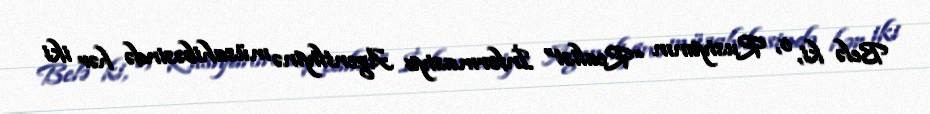
Belə ki, o, Rusiyanın “Realist” İnformasiya Agentliyinə müsahibəsində hər iki